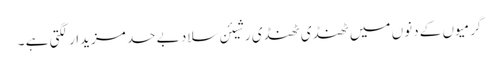
گرمیوں کے دنوں میں ٹھنڈی ٹھنڈی رشیئن سلاد بے حد مزیدار لگتی ہے ۔